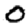
Digit: 0